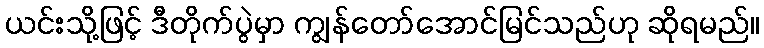
ယင်းသို့ဖြင့် ဒီတိုက်ပွဲမှာ ကျွန်တော်အောင်မြင်သည်ဟု ဆိုရမည်။